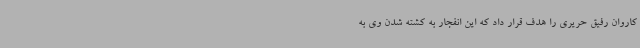
کاروان رفیق حریری را هدف قرار داد که این انفجار به کشته شدن وی به